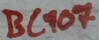
Text: BC107